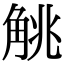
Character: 𬢖